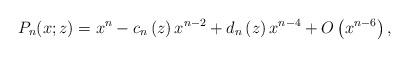
LaTeX: \begin{align*}P_{n}(x;z)=x^{n}-c_{n}\left( z\right) x^{n-2}+d_{n}\left( z\right)x^{n-4}+O\left( x^{n-6}\right) , \end{align*}